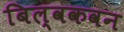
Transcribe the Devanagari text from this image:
बिल्वकवन